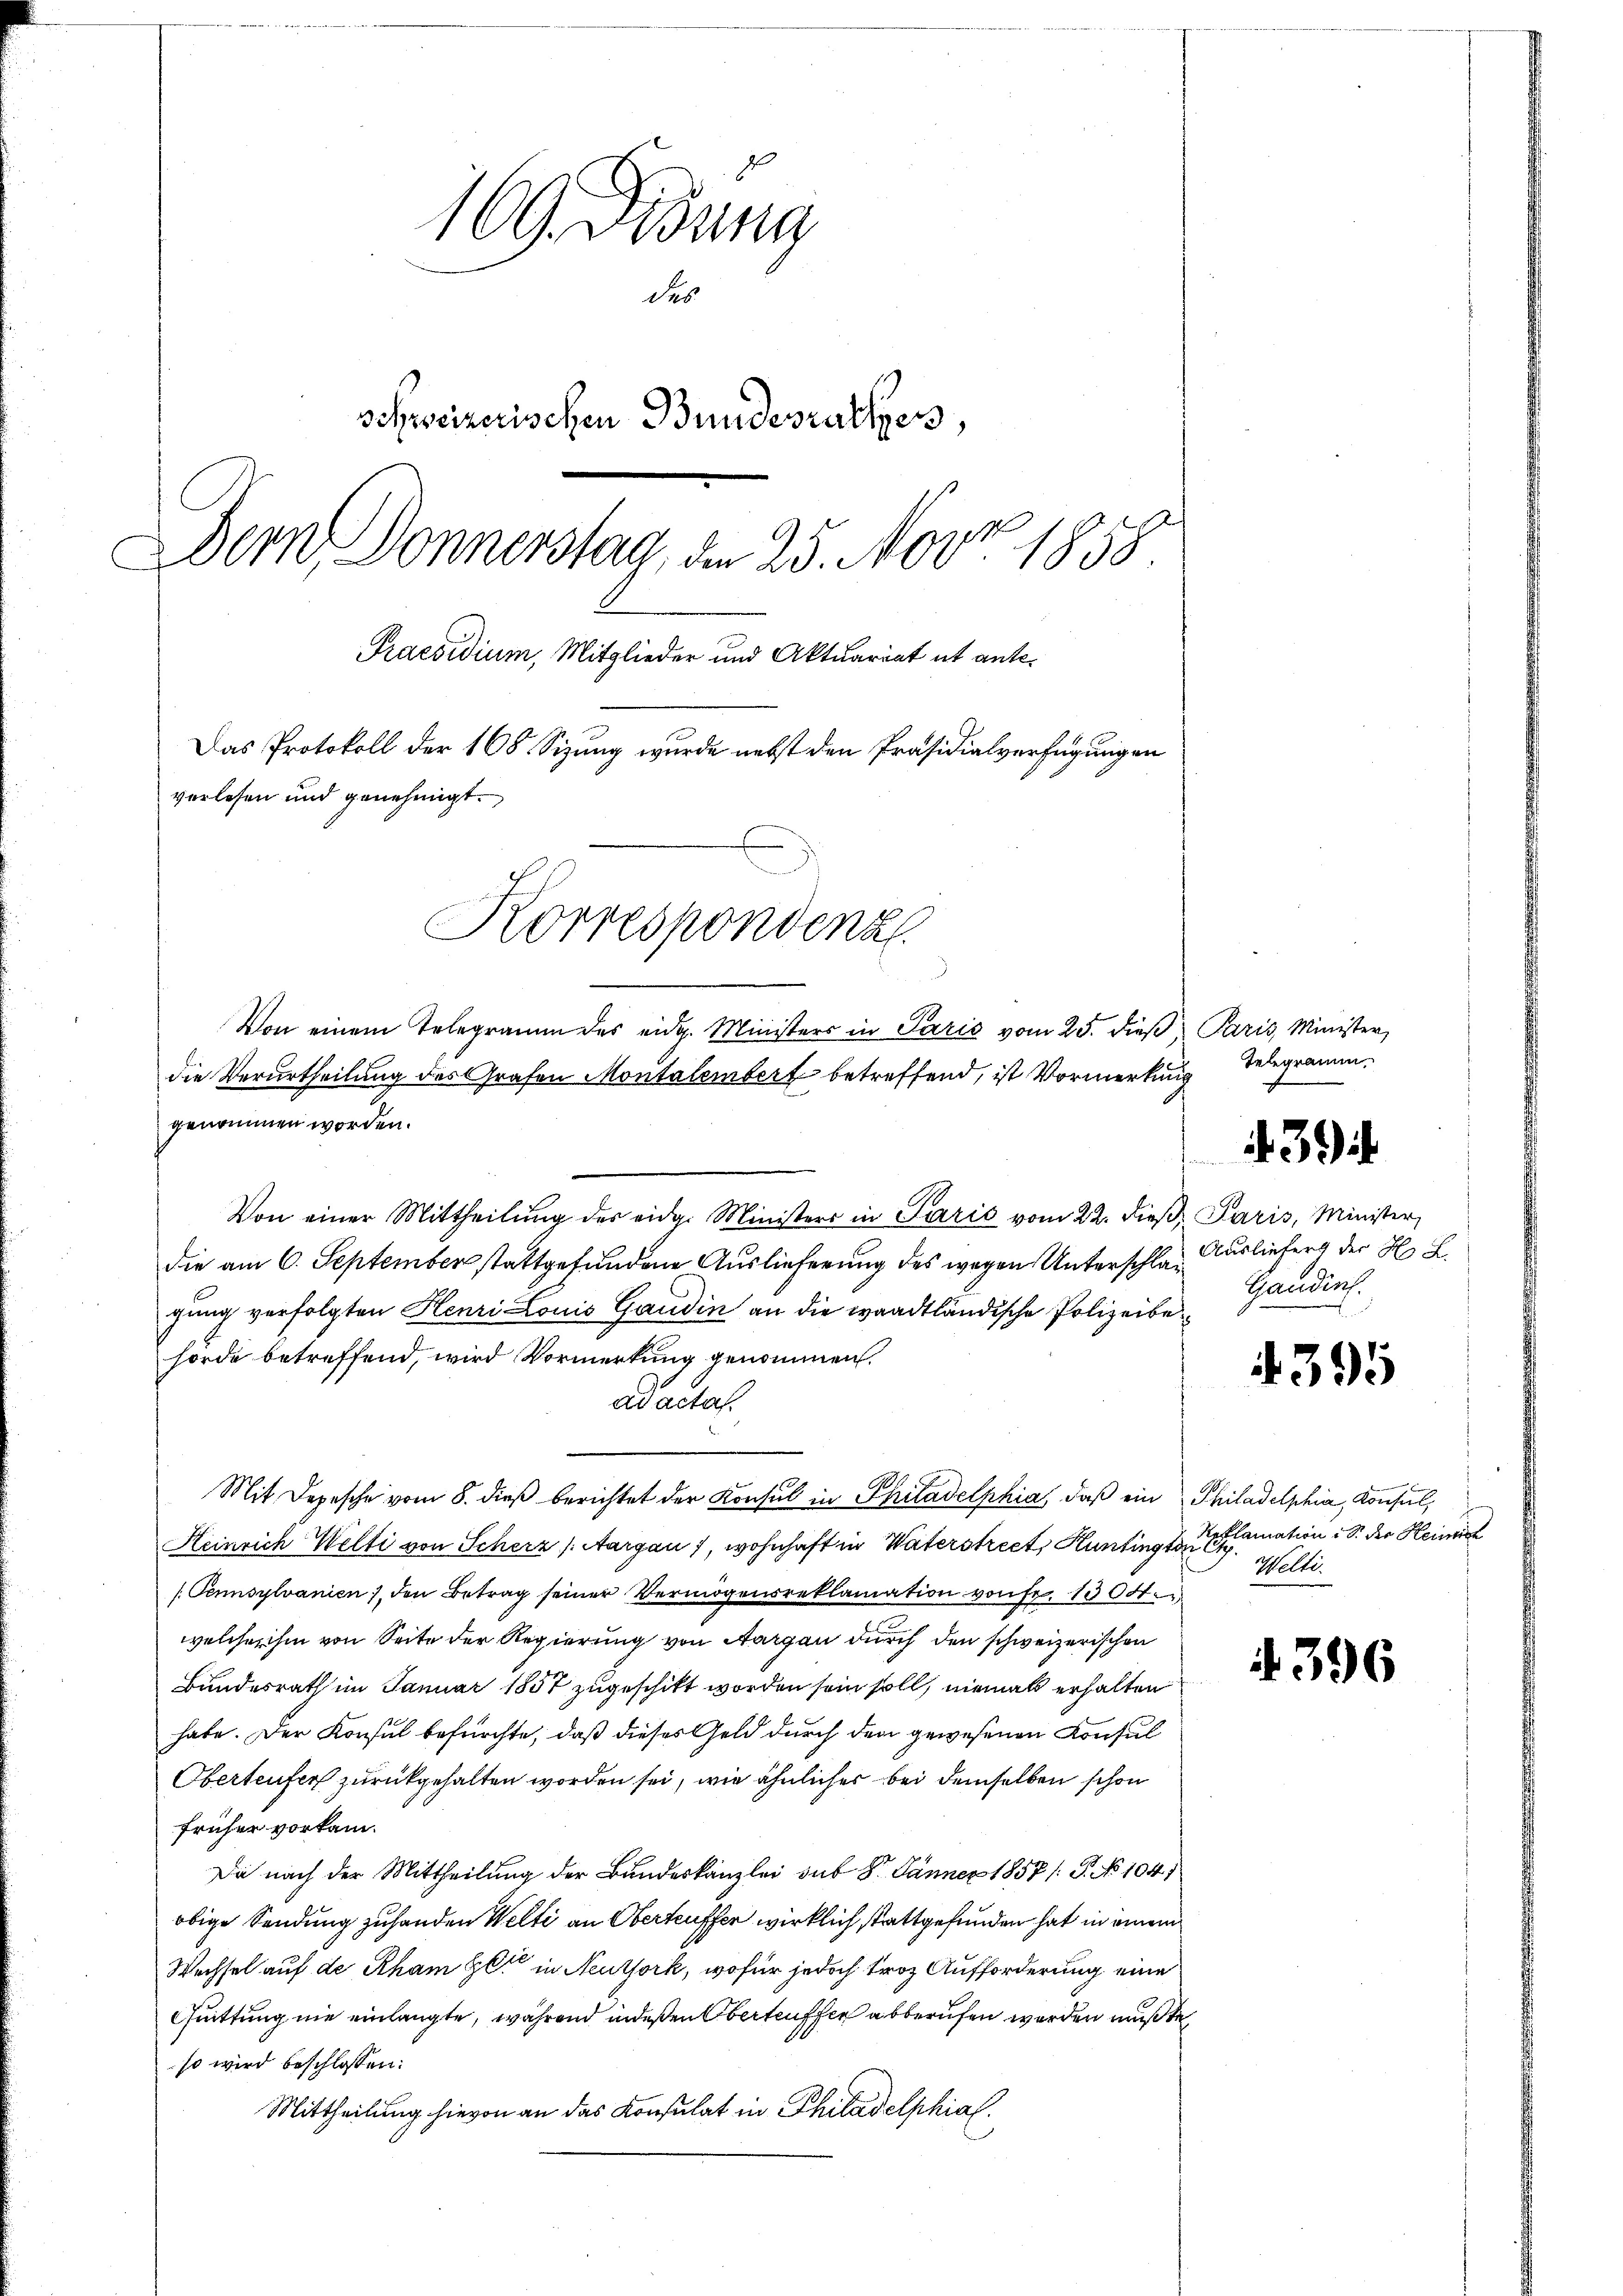
169. Diedung
des
schweizerischen Bundesrathes,
Dem Donnerstag, den 25. Nov. 1858
Praesidium, Mitglieder und Aktuariat et ante¬
Das Protokoll der 168. Sizung wurde nebst den Präsidialverfügungen
verlesen und genehmigt.
Korrespondenz
Von einem Telegramm des eidg. Ministers in Paris vom 25. dieβ, Paris, Minister,
die Verurtheilung des Grafen Montalembert betreffend, ist Vormerkung

genommen worden.
Von einer Mittheilŭng der eidg. Ministers in Paris vom 22. dieβ, Paris, Minister,
die am 6. September stattgefundene Auslieferung des wegen Unterschlagung verfolgten Henri Louis Gaudin an die waadtländische Polizeibehörde betreffend, wird Vormerkung genommen.
ad actat
.
Mit Depesche vom 8. dieß berichtet der Konsul in Philadelphia, daß ein Philadelphia, Konsul,
Heinrich Welti von Scherz (Aargau), wohnhaft in Vaterstreet Kunting von C
/Pennsylvanien, den Betrag seiner Vermögensreklamation von fr. 1304.
welcher ihm von Seite der Regierung von Aargau durch den schweizerischen
Bundesrath im Januar 1857 zugeschikt worden sein soll, niemals erhalten
habe. Der Konsul befürchte, daß dieses Geld durch den gewesenen Konsul
Oberteufer zurückgehalten worden sei, wie ähnliches bei demselben schon
früher vorkam.
Da nach der Mittheilung der Bundeskanzlei sub 8. Jänner 1857 /: P. No 104)
obige Sendung zuhanden Welti an Oberteuffer wirklich stattgefunden hat in einem
Wechsel auf de Rham et in Neuthork, wofür jedoch troz Aufforderung eine
Quittung nie einlangte, während indeßen Oberteuffer abberufen werden mußte,
so wird beschlossen:
Mittheilung hievon an das Konsulat in Philadelphial

Telegramm.

439

Ausliefert der H. L
Gandinl.

395

4. 396

Reklamation : S. der Heinric
Welti.